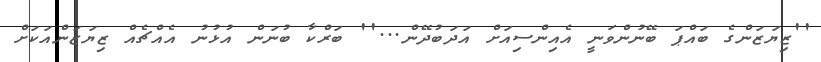
''ޒިޔަޒަންގެ ބައްޕަ ބޭނުންވަނީ އެއިންސިއަށް އަދަބުދޭން...'' ބަރްކާ ބުނަން އުޅުނު އެއްޗެއް ޒިޔަޒަންއަކަށް